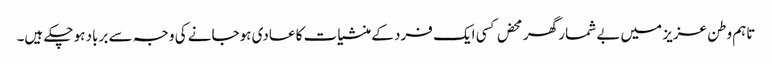
تاہم وطن عزیز میں بے شمار گھر محض کسی ایک فرد کے منشیات کا عادی ہوجانے کی وجہ سے برباد ہو چکے ہیں۔